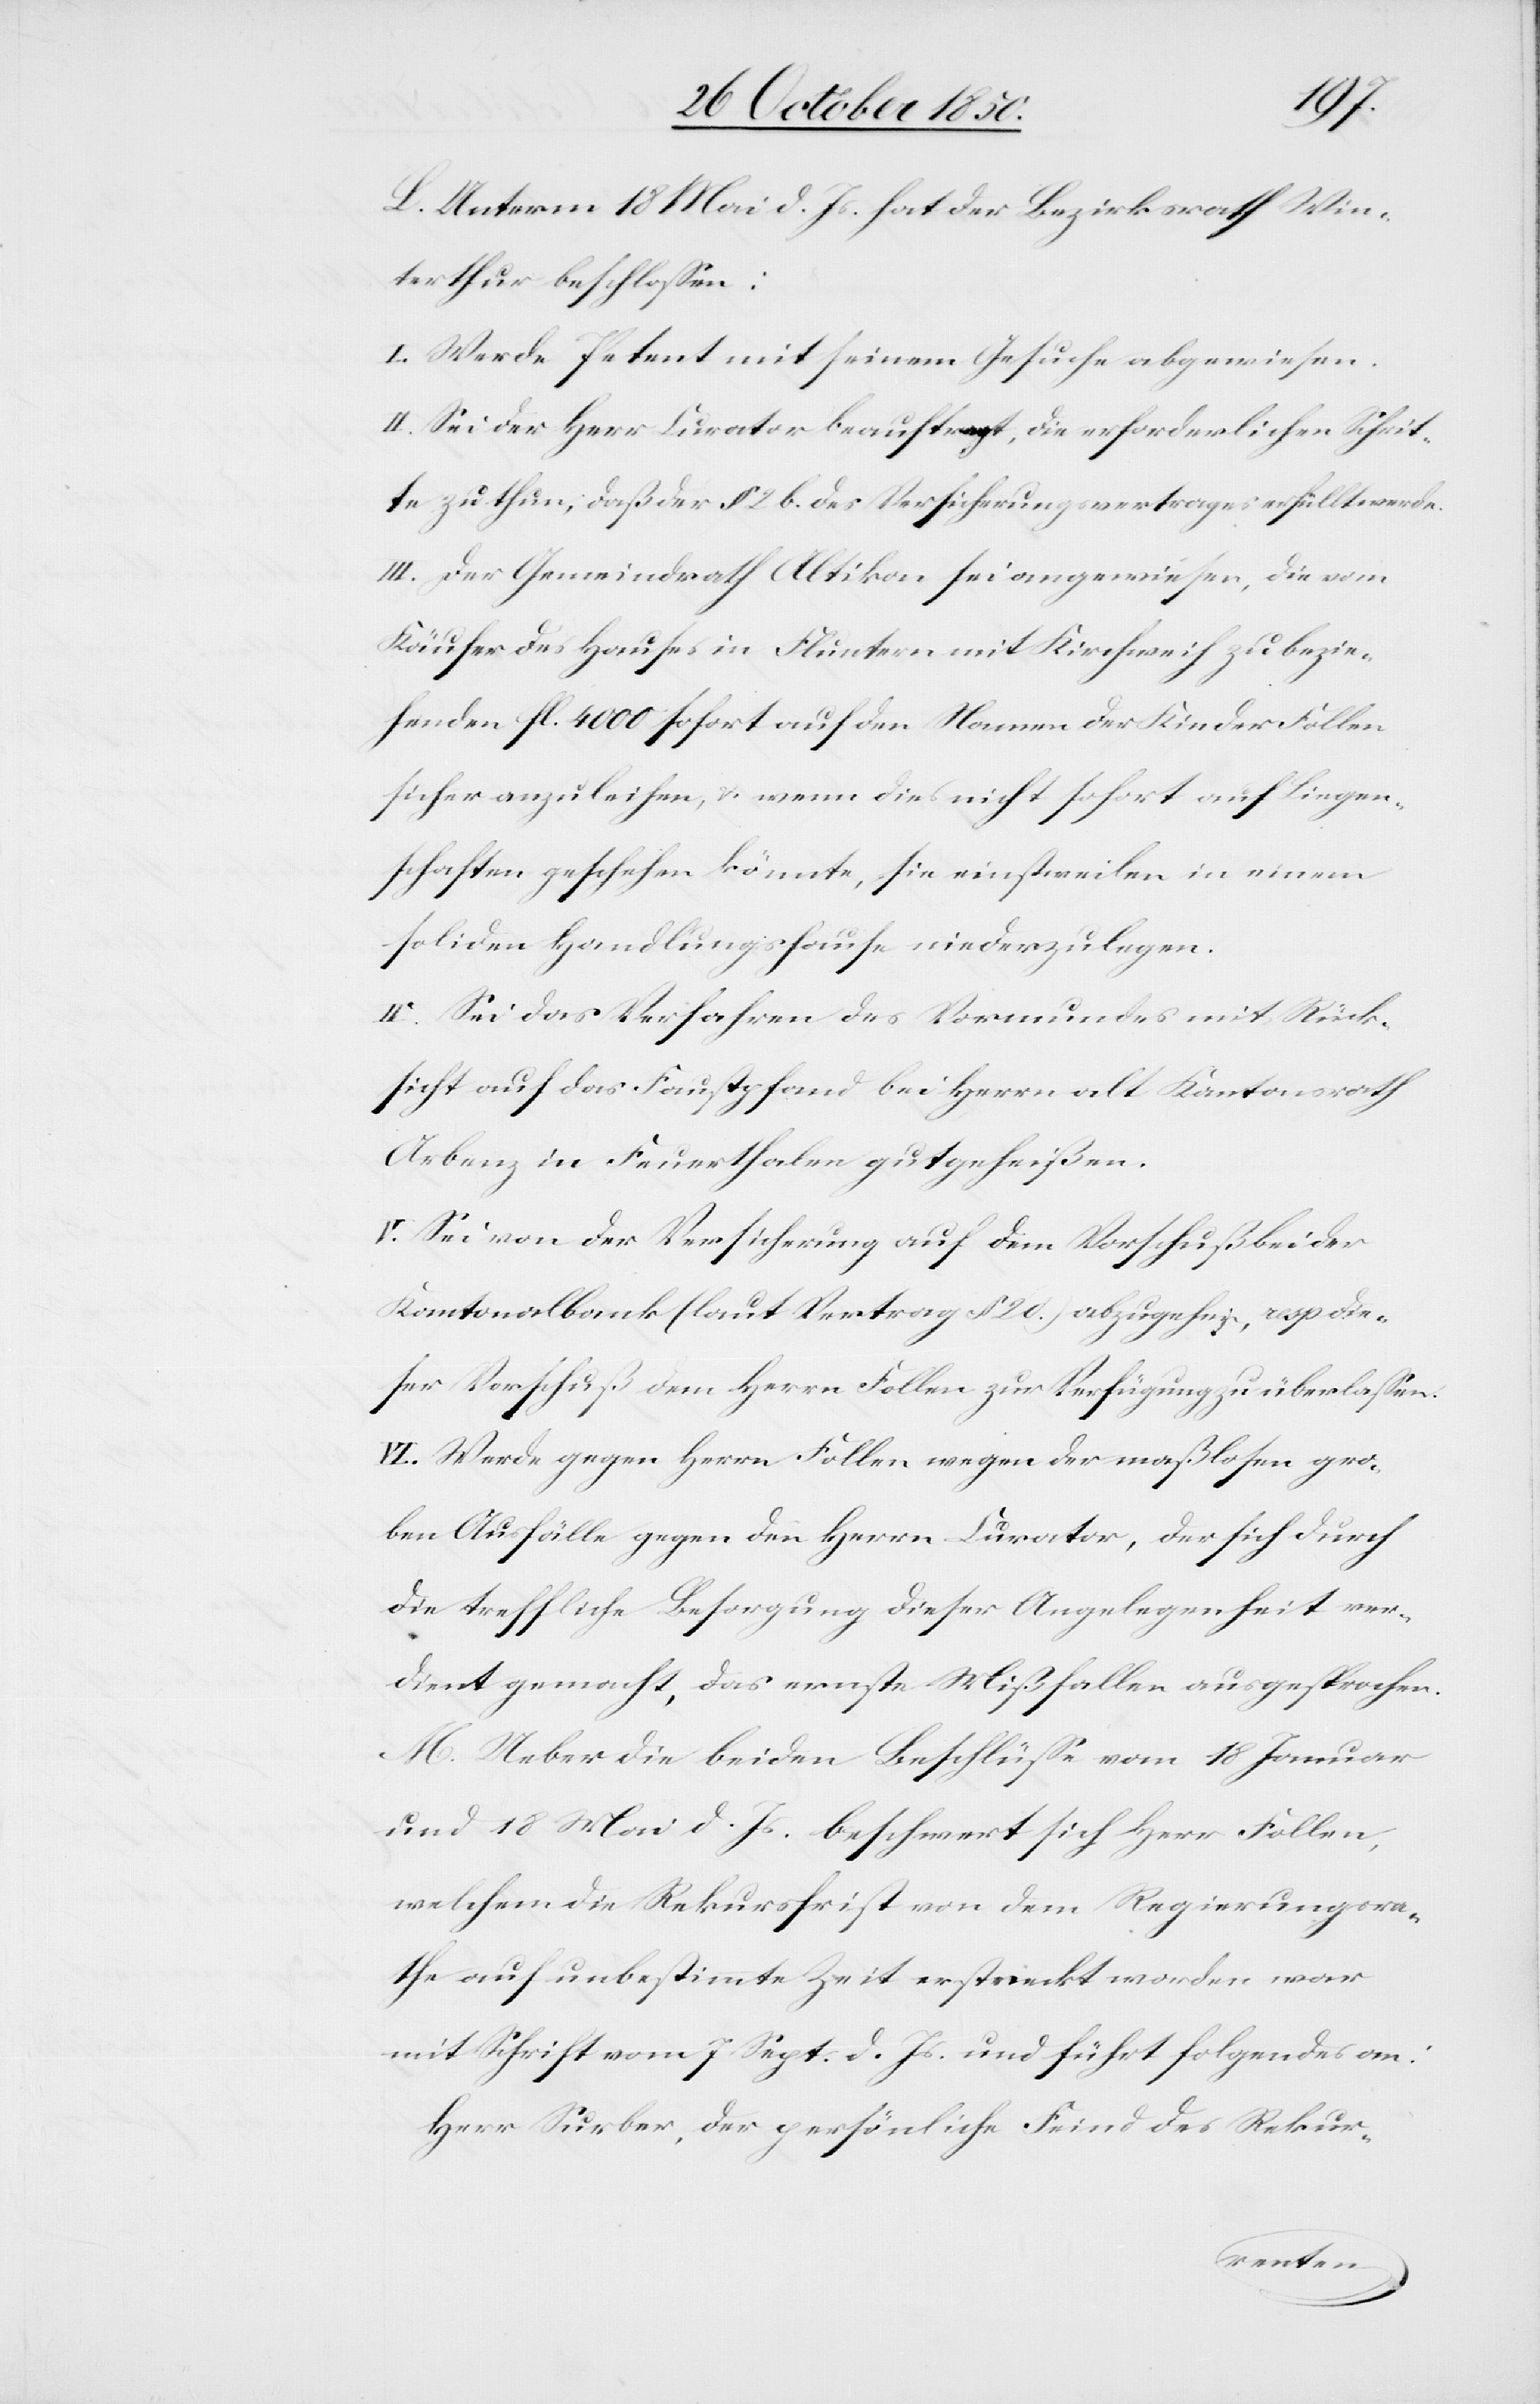
L. Unterm 18 Mai d. Js. hat der Bezirksrath Win¬
terthur beschlossen:
I. Werde Petent mit seinem Gesuche abgewiesen.
II. Sei der Herr Curator beauftragt, die erforderlichen Schrit¬
te zu thun, daß der § 2 b. des Versicherungsvertrages erfüllt werde.
III. Der Gemeindrath Altikon sei angewiesen, die vom
Käufer des Hauses in Fluntern mit Kirchweih zu bezie¬
henden fl. 4000 sofort auf den Namen der Kinder Follen
sicher anzuleihen, & wenn dies nicht sofort auf Liegen¬
schaften geschehen könnte, sie einstweilen in einem
soliden Handlungshause niederzulegen.
IV. Sei das Verfahren des Vormundes mit Rück¬
sicht auf das Faustpfand bei Herrn alt Kantonsrath
Arbenz in Feuerthalen gutgeheißen.
V. Sei von der Versicherung auf dem Vorschuß bei der
Kantonalbank (laut Vertrag § 2 d.) abzugehen, resp die¬
ser Vorschuß dem Herrn Follen zur Verfügung zu überlassen.
VI. Werde gegen Herrn Follen wegen der maßlosen gro¬
ben Ausfälle gegen den Herren Curator, der sich durch
die treffliche Besorgung dieser Angelegenheit ver¬
dient gemacht, das ernste Mißfallen ausgesprochen.
M Ueber die beiden Beschlüsse vom 18 Januar
und 18 Mai d. Js. beschwert sich Herr Follen,
welchem die Rekursfrist von dem Regierungsra¬
the auf unbestimmte Zeit erstreckt worden war
mit Schrift vom 7 Sept. d. Js. und führt folgendes an:
Herr Surber, der persönliche Feind des Rekur-